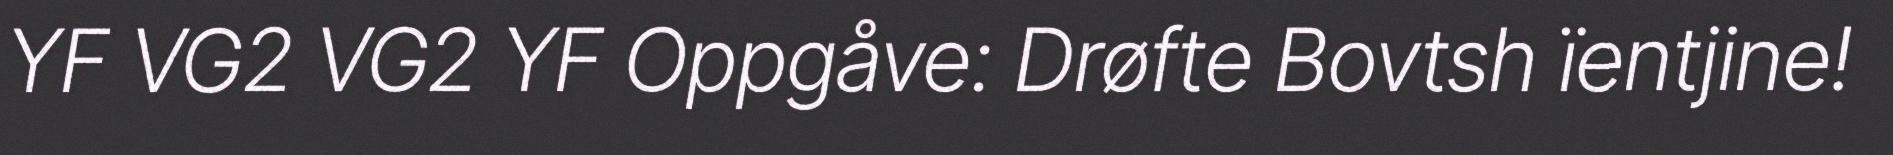
YF VG2 VG2 YF Oppgåve: Drøfte Bovtsh ïentjine!